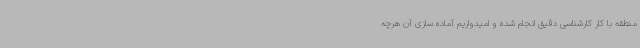
منطقه با کار کارشناسی دقیق انجام شده و امیدواریم آماده سازی آن هرچه